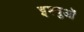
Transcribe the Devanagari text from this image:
इश्युओं